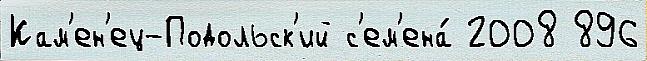
Кам'ен'ец-Подольск'ий с'ем'ена́ 2008 896